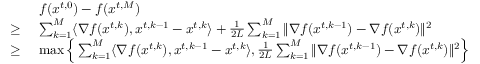
\begin{array} { r l } & { f ( { x } ^ { t , 0 } ) - f ( { x } ^ { t , M } ) } \\ { \ge \ } & { \sum _ { k = 1 } ^ { M } \langle \nabla f ( { x } ^ { t , k } ) , { x } ^ { t , k - 1 } - { x } ^ { t , k } \rangle + \frac { 1 } { 2 L } \sum _ { k = 1 } ^ { M } \| \nabla f ( { x } ^ { t , k - 1 } ) - \nabla f ( { x } ^ { t , k } ) \| ^ { 2 } } \\ { \ge \ } & { \operatorname* { m a x } \Big \{ \sum _ { k = 1 } ^ { M } \langle \nabla f ( { x } ^ { t , k } ) , { x } ^ { t , k - 1 } - { x } ^ { t , k } \rangle , \frac { 1 } { 2 L } \sum _ { k = 1 } ^ { M } \| \nabla f ( { x } ^ { t , k - 1 } ) - \nabla f ( { x } ^ { t , k } ) \| ^ { 2 } \Big \} } \end{array}